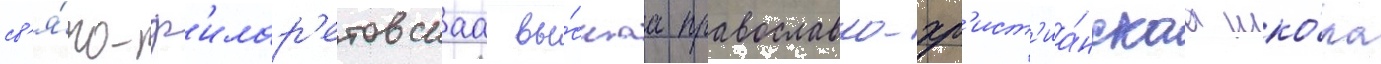
св'я́то-ф'илар'етовскаа вы́сшаа православно-хр'ист'иа́нскаа шко́ла